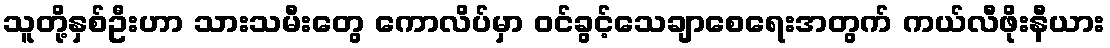
သူတို့နှစ်ဦးဟာ သားသမီးတွေ ကောလိပ်မှာ ဝင်ခွင့်သေချာစေရေးအတွက် ကယ်လီဖိုးနီယား